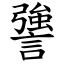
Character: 謽